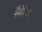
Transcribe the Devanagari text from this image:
सैमेरियम